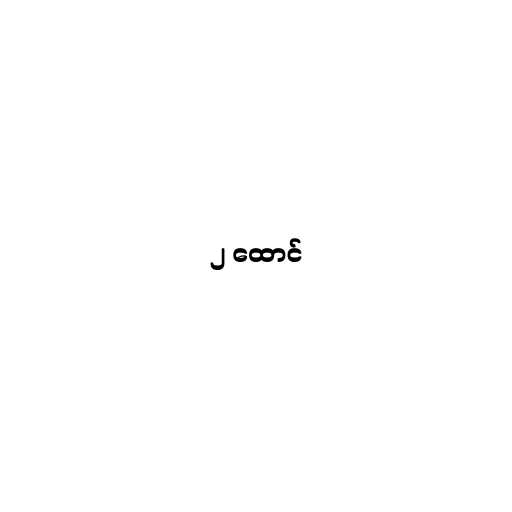
၂ ထောင်